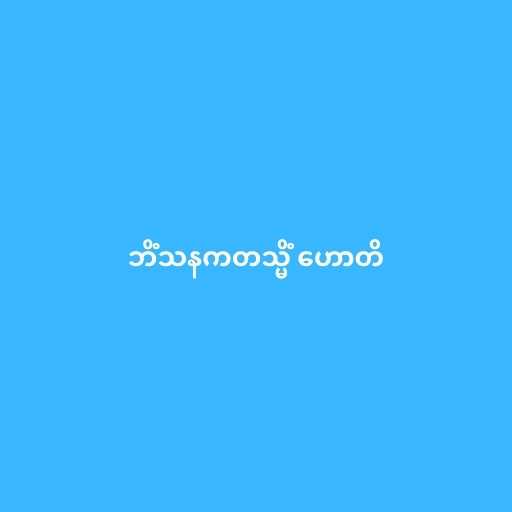
ဘိံသနကတသ္မိံ ဟောတိ